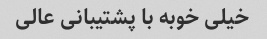
خیلی خوبه با پشتیبانی عالی